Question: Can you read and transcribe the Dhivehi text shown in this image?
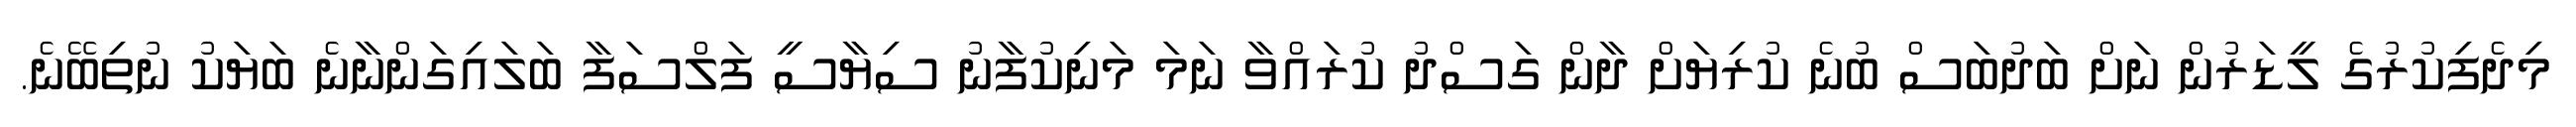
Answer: މިދެފިކުރުގެ ލީޑަރުން ނަށް ބަދުބަސް ބުނެ ކުރިޔަށް ދާން ގަސްދު ކުރައްވާ ނަމަ މަނިކުފާނު ސިޔާސީ ފަލްސަފާ ބަލައިގަންނާނެ ބަޔަކު ނުތިބޭނެ.